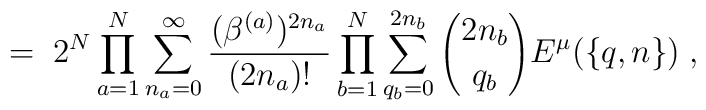
= \; 2^N \prod_{a=1}^N \sum_{n_a=0}^\infty\frac{(\beta^{(a)})^{2 n_a}}{(2 n_a)!}\prod_{b=1}^N\sum_{q_b=0}^{2n_b} {2 n_b \choose q_b}E^\mu(\{q,n\}) \; ,